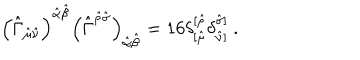
LaTeX: \left( \hat { \Gamma } _ { \hat { \mu } \hat { \nu } } \right) ^ { \hat { \alpha } \hat { \beta } } \left( \hat { \Gamma } ^ { \hat { \rho } \hat { \sigma } } \right) _ { \hat { \alpha } \hat { \beta } } = 1 6 \delta _ { [ \hat { \mu } } ^ { [ \hat { \rho } } \delta _ { \hat { \nu } ] } ^ { \hat { \sigma } ] } \ .